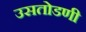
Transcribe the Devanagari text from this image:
उसतोडणी